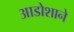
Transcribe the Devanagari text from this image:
आडोशाने